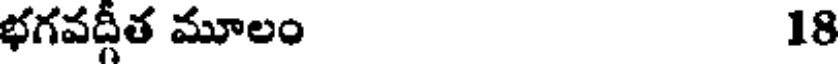
భగవద్గీత మూలం 18